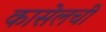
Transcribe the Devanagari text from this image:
कासेलची